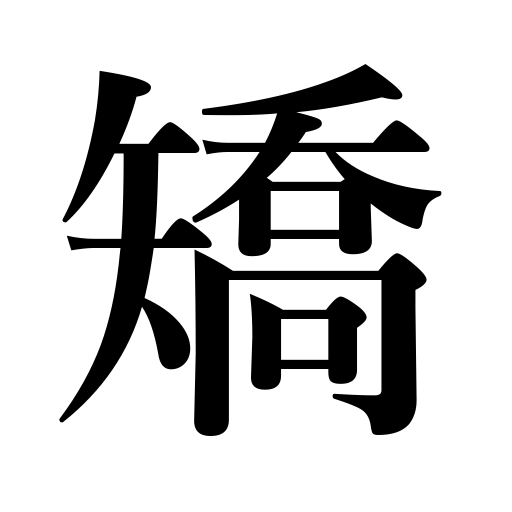
Meanings: cure,pretend,reform,falsify,aim,straighten,correct,control one's feelings